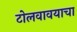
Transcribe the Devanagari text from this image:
टोलवावयाचा